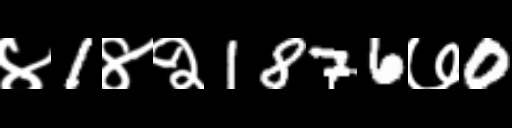
Text: ४1४२1876७0